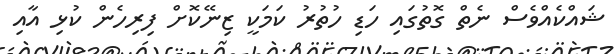
ޝައްކެއްވެސް ނެތް ގޮތުގައި ހަޑި ހުތުރު ކަމަކީ ޒިނޭކޮށް ފިރިހެން ކުޅި އާއި